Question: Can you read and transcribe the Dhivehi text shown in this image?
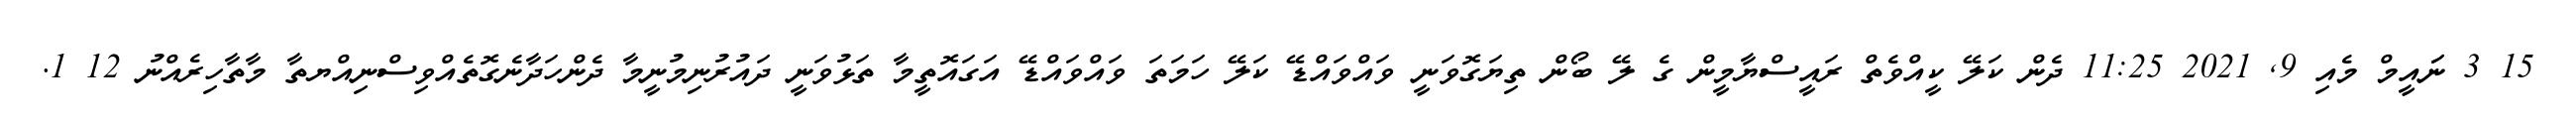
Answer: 15 3 ނަައީމް މެއި 9, 2021 11:25 ދެން ކަލޭ ކީއްވެތް ރައީސްޔާމީން ގެ ލޭ ބޯން ތިޔަގޮވަނީ ވައްވައްޑޭ ކަލޭ ހަމަތަ ވައްވައްޑޭ އަގައޮތީމާ ތަޅުވަނީ ދައުރުނިމުނީމާ ދެންހަދާނެގޮތެއްވިސްނިއްޔތާ މާތާހިރެއްނު 12 1.